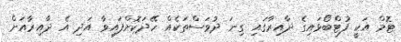
ޓޮމް އަކީ ފުޓްބޯޅައިގެ ދާއިރާގައި ގިނަ ދުވަސްތަކެއް ހޭދަކޮށްފައިވާ އަދި އެ ދާއިރާއަށް